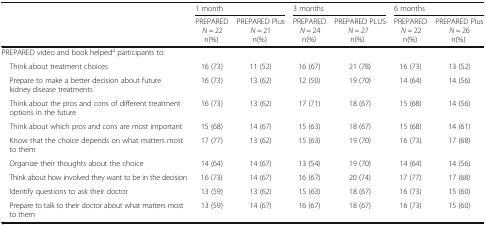
<table><thead><tr><td rowspan="2"></td><td colspan="2"><b>1 month</b></td><td colspan="2"><b>3 months</b></td><td colspan="2"><b>6 months</b></td></tr><tr><td><b>PREPARED<i>N</i> = 22n(%)</b></td><td><b>PREPARED Plus<i>N</i> = 21n(%)</b></td><td><b>PREPARED<i>N</i> = 24n(%)</b></td><td><b>PREPARED PLUS<i>N</i> = 27n(%)</b></td><td><b>PREPARED<i>N</i> = 22n(%)</b></td><td><b>PREPARED Plus<i>N</i> = 26n(%)</b></td></tr></thead><tbody><tr><td colspan="7">PREPARED video and book helped<sup>a</sup> participants to:</td></tr><tr><td> Think about treatment choices</td><td>16 (73)</td><td>11 (52)</td><td>16 (67)</td><td>21 (78)</td><td>16 (73)</td><td>13 (52)</td></tr><tr><td> Prepare to make a better decision about future kidney disease treatments</td><td>16 (73)</td><td>13 (62)</td><td>12 (50)</td><td>19 (70)</td><td>14 (64)</td><td>14 (56)</td></tr><tr><td> Think about the pros and cons of different treatment options in the future</td><td>16 (73)</td><td>13 (62)</td><td>17 (71)</td><td>18 (67)</td><td>15 (68)</td><td>14 (56)</td></tr><tr><td> Think about which pros and cons are most important</td><td>15 (68)</td><td>14 (67)</td><td>15 (63)</td><td>18 (67)</td><td>15 (68)</td><td>14 (61)</td></tr><tr><td> Know that the choice depends on what matters most to them</td><td>17 (77)</td><td>13 (62)</td><td>15 (63)</td><td>19 (70)</td><td>16 (73)</td><td>17 (68)</td></tr><tr><td> Organize their thoughts about the choice</td><td>14 (64)</td><td>14 (67)</td><td>13 (54)</td><td>19 (70)</td><td>14 (64)</td><td>14 (56)</td></tr><tr><td> Think about how involved they want to be in the decision</td><td>16 (73)</td><td>14 (67)</td><td>16 (67)</td><td>20 (74)</td><td>17 (77)</td><td>17 (68)</td></tr><tr><td> Identify questions to ask their doctor</td><td>13 (59)</td><td>13 (62)</td><td>15 (63)</td><td>18 (67)</td><td>16 (73)</td><td>15 (60)</td></tr><tr><td> Prepare to talk to their doctor about what matters most to them</td><td>13 (59)</td><td>14 (67)</td><td>16 (67)</td><td>18 (67)</td><td>16 (73)</td><td>15 (60)</td></tr></tbody></table>